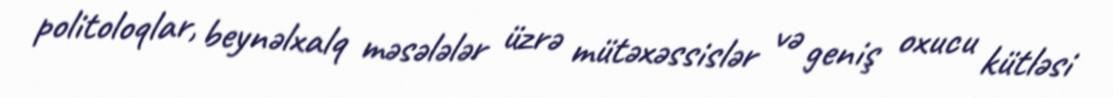
politoloqlar, beynəlxalq məsələlər üzrə mütəxəssislər və geniş oxucu kütləsi